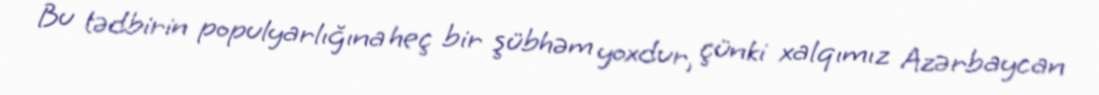
Bu tədbirin populyarlığına heç bir şübhəm yoxdur, çünki xalqımız Azərbaycan